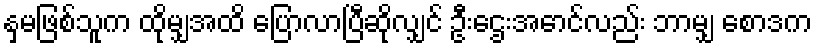
နှမဖြစ်သူက ထိုမျှအထိ ပြောလာပြီဆိုလျှင် ဦးဌေးအောင်လည်း ဘာမျှ စောဒက